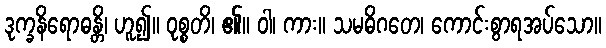
ဒုက္ခနိရောဓန္တိ၊ ဟူ၍။ ဝုစ္စတိ၊ ၏။ ဝါ၊ ကား။ သမဓိဂတေ၊ ကောင်းစွာရအပ်သော။